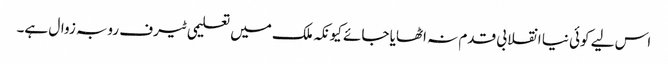
اس لیے کوئی نیا انقلابی قدم نہ اٹھایا جائے کیونکہ ملک میں تعلیمی ٹیرف روبہ زوال ہے۔